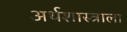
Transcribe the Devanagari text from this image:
अर्थशास्त्राला